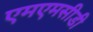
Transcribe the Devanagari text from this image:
एमएमसीडी